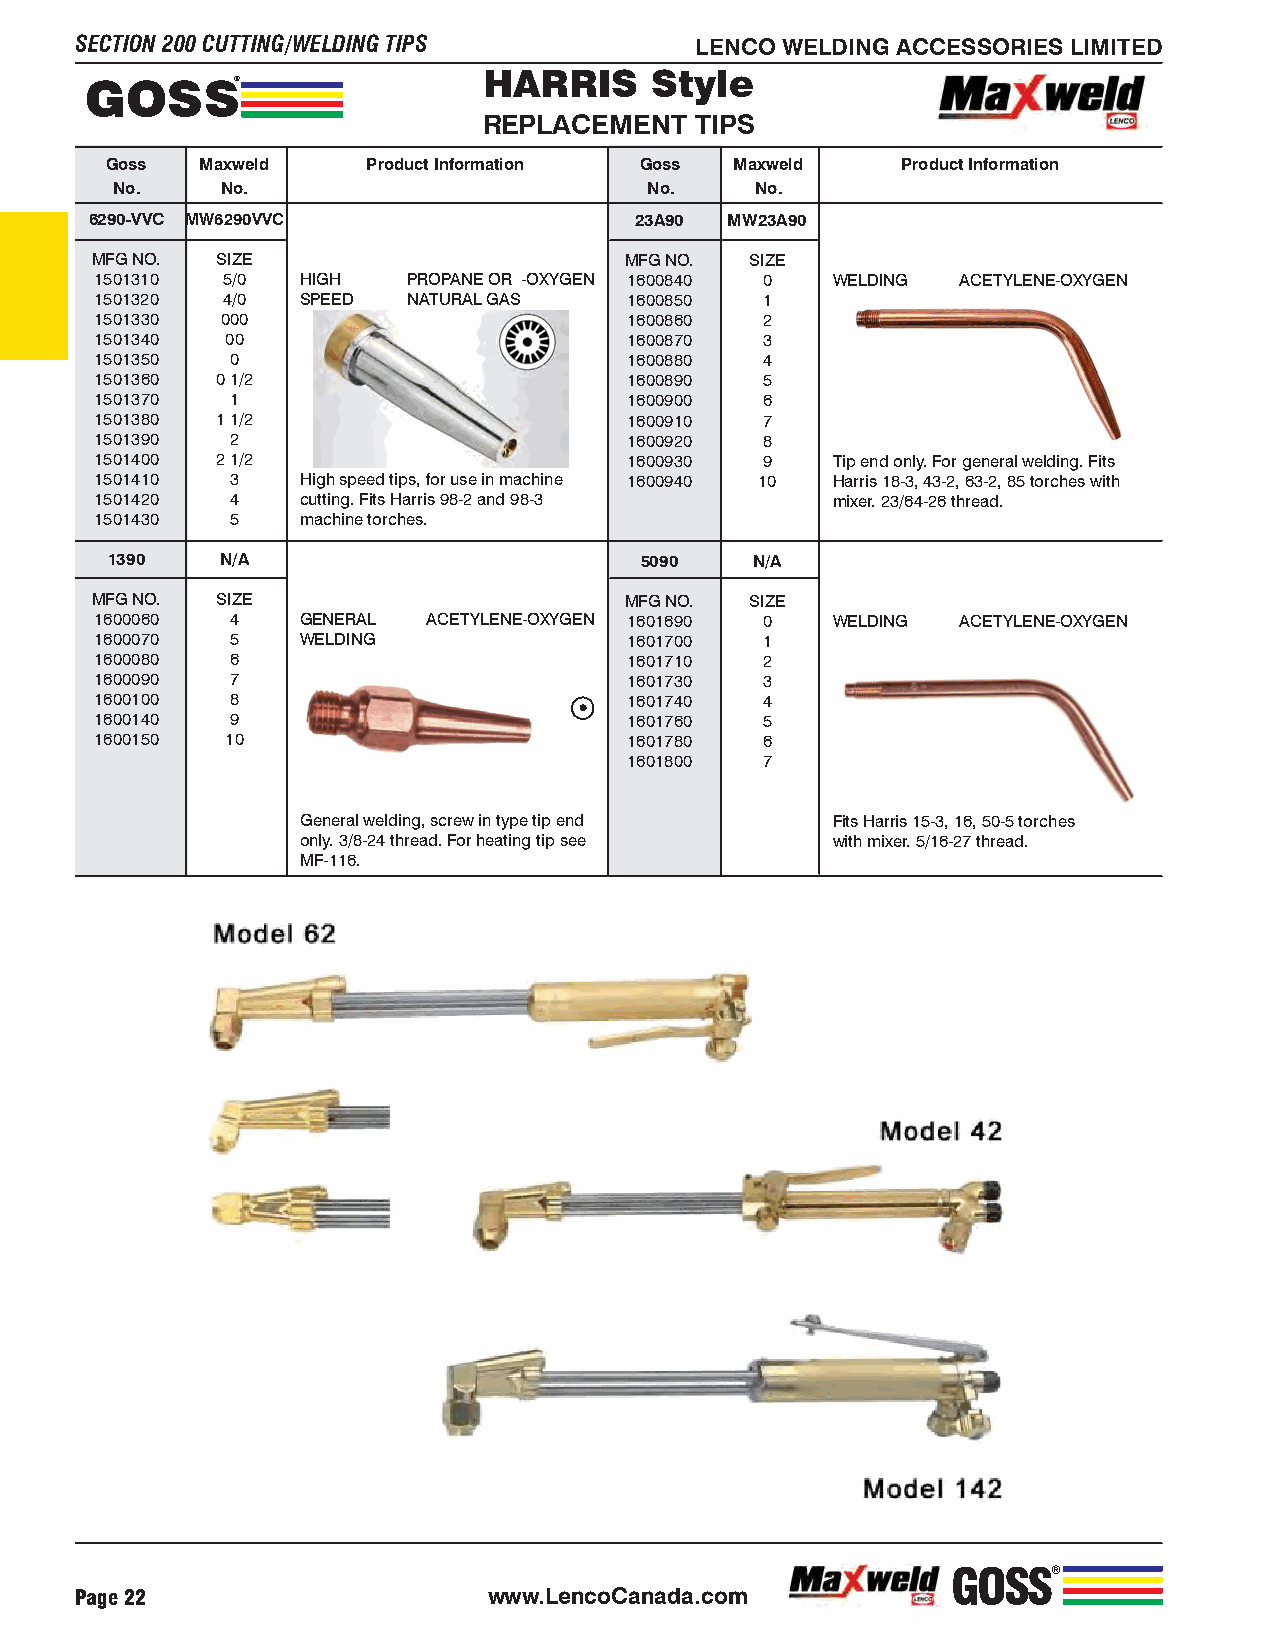
SECTION 200 CUTTING/WELDING TIPS         LENCO WELDING ACCESSORIES LIMITED
 HARRIS     Style
 GOSS®
 REPLACEMENT   TIPS
 Goss  Maxweld    Product Information Goss Maxweld    Product Information
 No.     No.                         No.    No.
 6290-VVC MW6290VVC                  23A90 MW23A90
 MFG NO. SIZE                       MFG NO.  SIZE
 1501310  5/0  HIGH   PROPANE OR -OXYGEN 1600840 0 WELDING ACETYLENE-OXYGEN
 1501320  4/0  SPEED  NATURAL GAS    1600850 1
 1501330  000                        1600860 2
 1501340  00                         1600870 3
 1501350  0                          1600880 4
 1501360 0 1/2                       1600890 5
 1501370  1                          1600900 6
 1501380 1 1/2                       1600910 7
 1501390  2                          1600920 8
 1501400 2 1/2                       1600930 9    Tip end only. For general welding. Fits
 1501410  3    High speed tips, for use in machine 1600940 10 Harris 18-3, 43-2, 63-2, 85 torches with
 1501420  4    cutting. Fits Harris 98-2 and 98-3 mixer. 23/64-26 thread.
 1501430  5    machine torches.
 1390    N/A                        5090    N/A
 MFG NO. SIZE                       MFG NO.  SIZE
 1600060  4    GENERAL ACETYLENE-OXYGEN 1601690 0 WELDING  ACETYLENE-OXYGEN
 1600070  5    WELDING               1601700 1
 1600080  6                          1601710 2
 1600090  7                          1601730 3
 1600100  8                          1601740 4
 1600140  9                          1601760 5
 1600150  10                         1601780 6
 1601800 7
 General welding, screw in type tip end Fits Harris 15-3, 16, 50-5 torches
 only. 3/8-24 thread. For heating tip see with mixer. 5/16-27 thread.
 MF-116.
 GOSS®
 Page 22                    www.LencoCanada.com